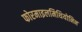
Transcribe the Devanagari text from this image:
फोरमाइलमिथियोनिन